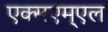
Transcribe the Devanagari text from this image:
एक्सएम्एल